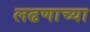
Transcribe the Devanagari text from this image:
लढणाच्या